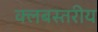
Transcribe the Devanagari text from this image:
क्लबस्तरीय